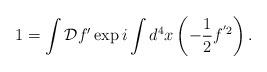
LaTeX: \begin{align*}1 = \int{\cal D}f'\exp i\int d^{4}x\left(-\frac{1}{2}f^{'2}\right) .\end{align*}